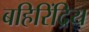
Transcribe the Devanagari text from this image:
बहिरिंद्रिय